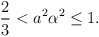
\begin{align*}\frac23<a^2\alpha^2\leq1. \end{align*}